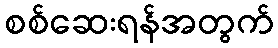
စစ်ဆေးရန်အတွက်